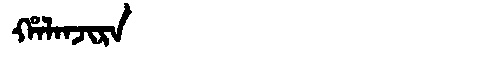
Manchu: ᡥᠠᠯᠠᠨᠵᡳᡵᠠ
Romanization: HALANJIRA